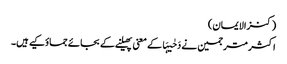
(کنزالایمان)
اکثر مترجمین نے دَحٰیہَا کے معنی پھیلنے کے بجائے جماؤکیے ہیں۔